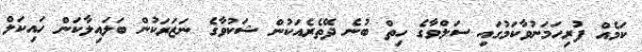
ކަމެއް ފުރިހަމަނުވާކަމުގައި ސަލްވާގެ ހިތް ބުނެ ދޭތެރެއަކުން ޝަކުވާގެ ނަޒަރަކުން ބަލައިލާކަން ހައިކަލް